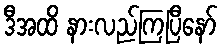
ဒီအထိ နားလည်ကြပြီနော်